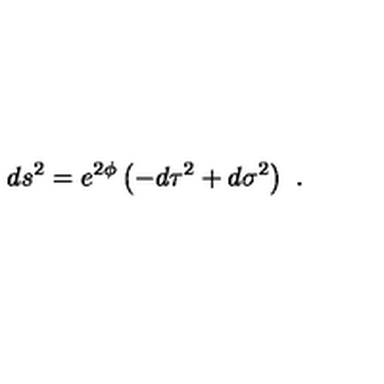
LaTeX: d s ^ { 2 } = e ^ { 2 \phi } \left( - d \tau ^ { 2 } + d \sigma ^ { 2 } \right) \ .